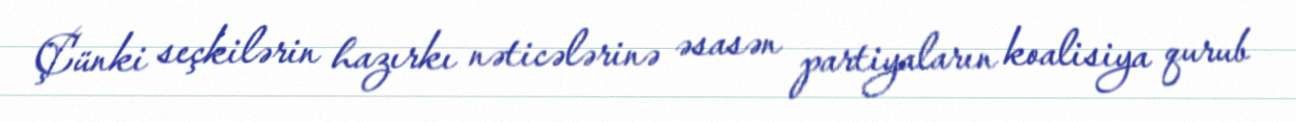
Çünki seçkilərin hazırkı nəticələrinə əsasən partiyaların koalisiya qurub